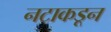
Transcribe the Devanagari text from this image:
नटाकडून